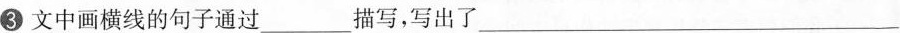
③文中画横线的句子通过___描写，写出了___